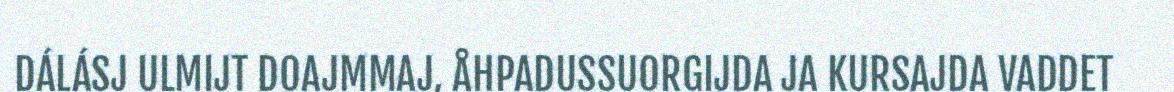
DÁLÁSJ ULMIJT DOAJMMAJ, ÅHPADUSSUORGIJDA JA KURSAJDA VADDET